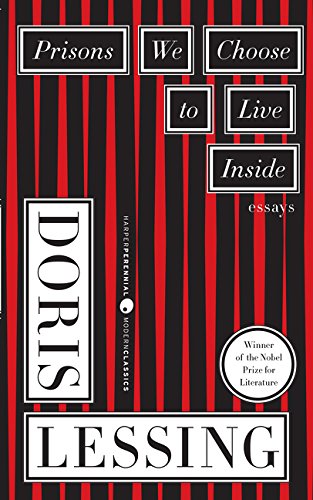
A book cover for Prisons We Choose to Live Inside; Doris Lessing; Literature & Fiction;